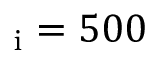
_ \mathrm { i } = 5 0 0